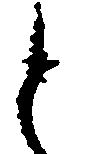
と